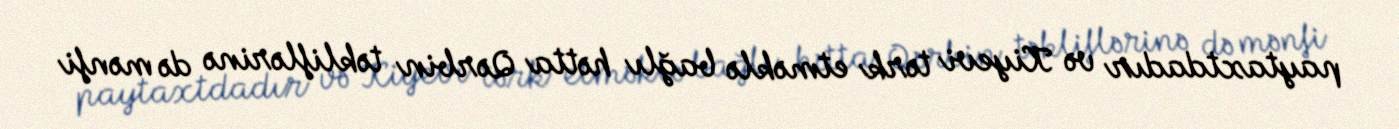
paytaxtdadır və Kiyevi tərk etməklə bağlı hətta Qərbin təkliflərinə də mənfi